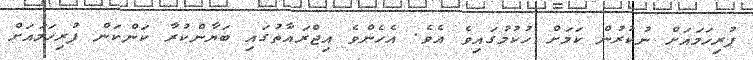
ފުރިހަމައަށް ނުކުރުން ކަމަށް ހުކުމުގައިވެ އެވެ. އެހެންވެ އިޖްރައާތުގައި ބަޔާންކުރާ ކަންކަން ފުރިހަމައަށް